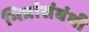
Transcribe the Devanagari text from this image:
मित्रांसंबंधी